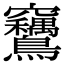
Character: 𫛙